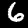
Digit: 6